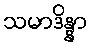
သမာဒိန္နာ